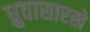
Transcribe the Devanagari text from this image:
ध्रुवासारखे